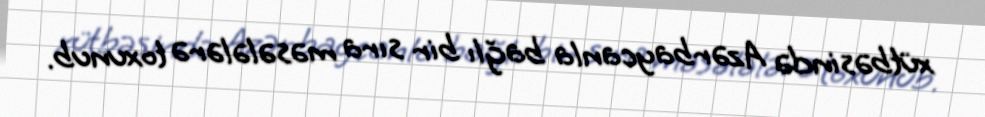
xütbəsində Azərbaycanla bağlı bir sıra məsələlərə toxunub.